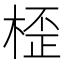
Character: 𣖍